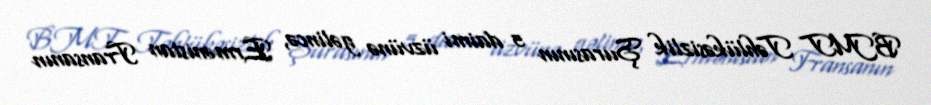
BMT Təhlükəsizlik Şurasının 5 daimi üzvünə gəlincə, Ermənistan Fransanın